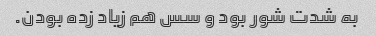
به شدت شور بود و سس هم زیاد زده بودن.